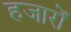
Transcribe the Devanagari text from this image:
हजारोँ